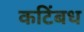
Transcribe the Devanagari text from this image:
कटिंबध